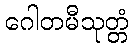
ဂေါတမီသုတ္တံ